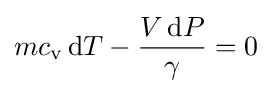
mc_{\text{v}}\,\mathrm {d} T-{\frac {V\,\mathrm {d} P}{\gamma }}=0